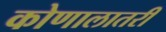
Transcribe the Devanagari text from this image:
कोणालातरी